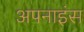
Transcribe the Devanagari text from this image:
अपनाइंस